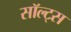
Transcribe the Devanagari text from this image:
सॉल्ट्स